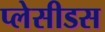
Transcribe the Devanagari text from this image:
प्लेसीडस